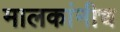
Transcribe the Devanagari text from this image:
मालकांनीच